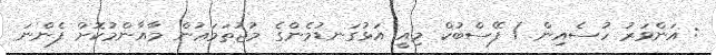
: އަންވަރު ހުސެއިން / ފޭސްބުކް މިއީ އަޅުގަނޑުމެންގެ މުޖުތަމަޢުން މާއާންމުކޮށް ފެންނަ